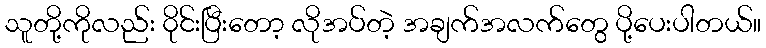
သူတို့ကိုလည်း ၀ိုင်းပြီးတော့ လိုအပ်တဲ့ အချက်အလက်တွေ ပို့ပေးပါတယ်။